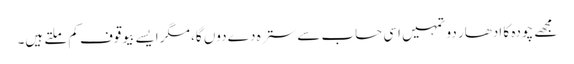
مجھے چودہ کا ادھار دو تمہیں اسی حساب سے سترہ دے دوں گا، مگر ایسے بیوقوف کم ملتے ہیں۔